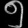
Digit: ၅